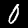
Digit: 0